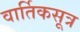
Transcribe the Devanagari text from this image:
वार्तिकसूत्र